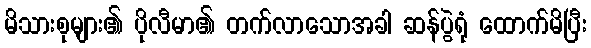
မိသားစုများ၏ ပိုလီမာ၏ တက်လာသောအခါ ဆန်ပွဲရုံ ထောက်မိပြီး